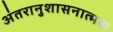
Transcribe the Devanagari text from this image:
अंतरानुशासनात्मक